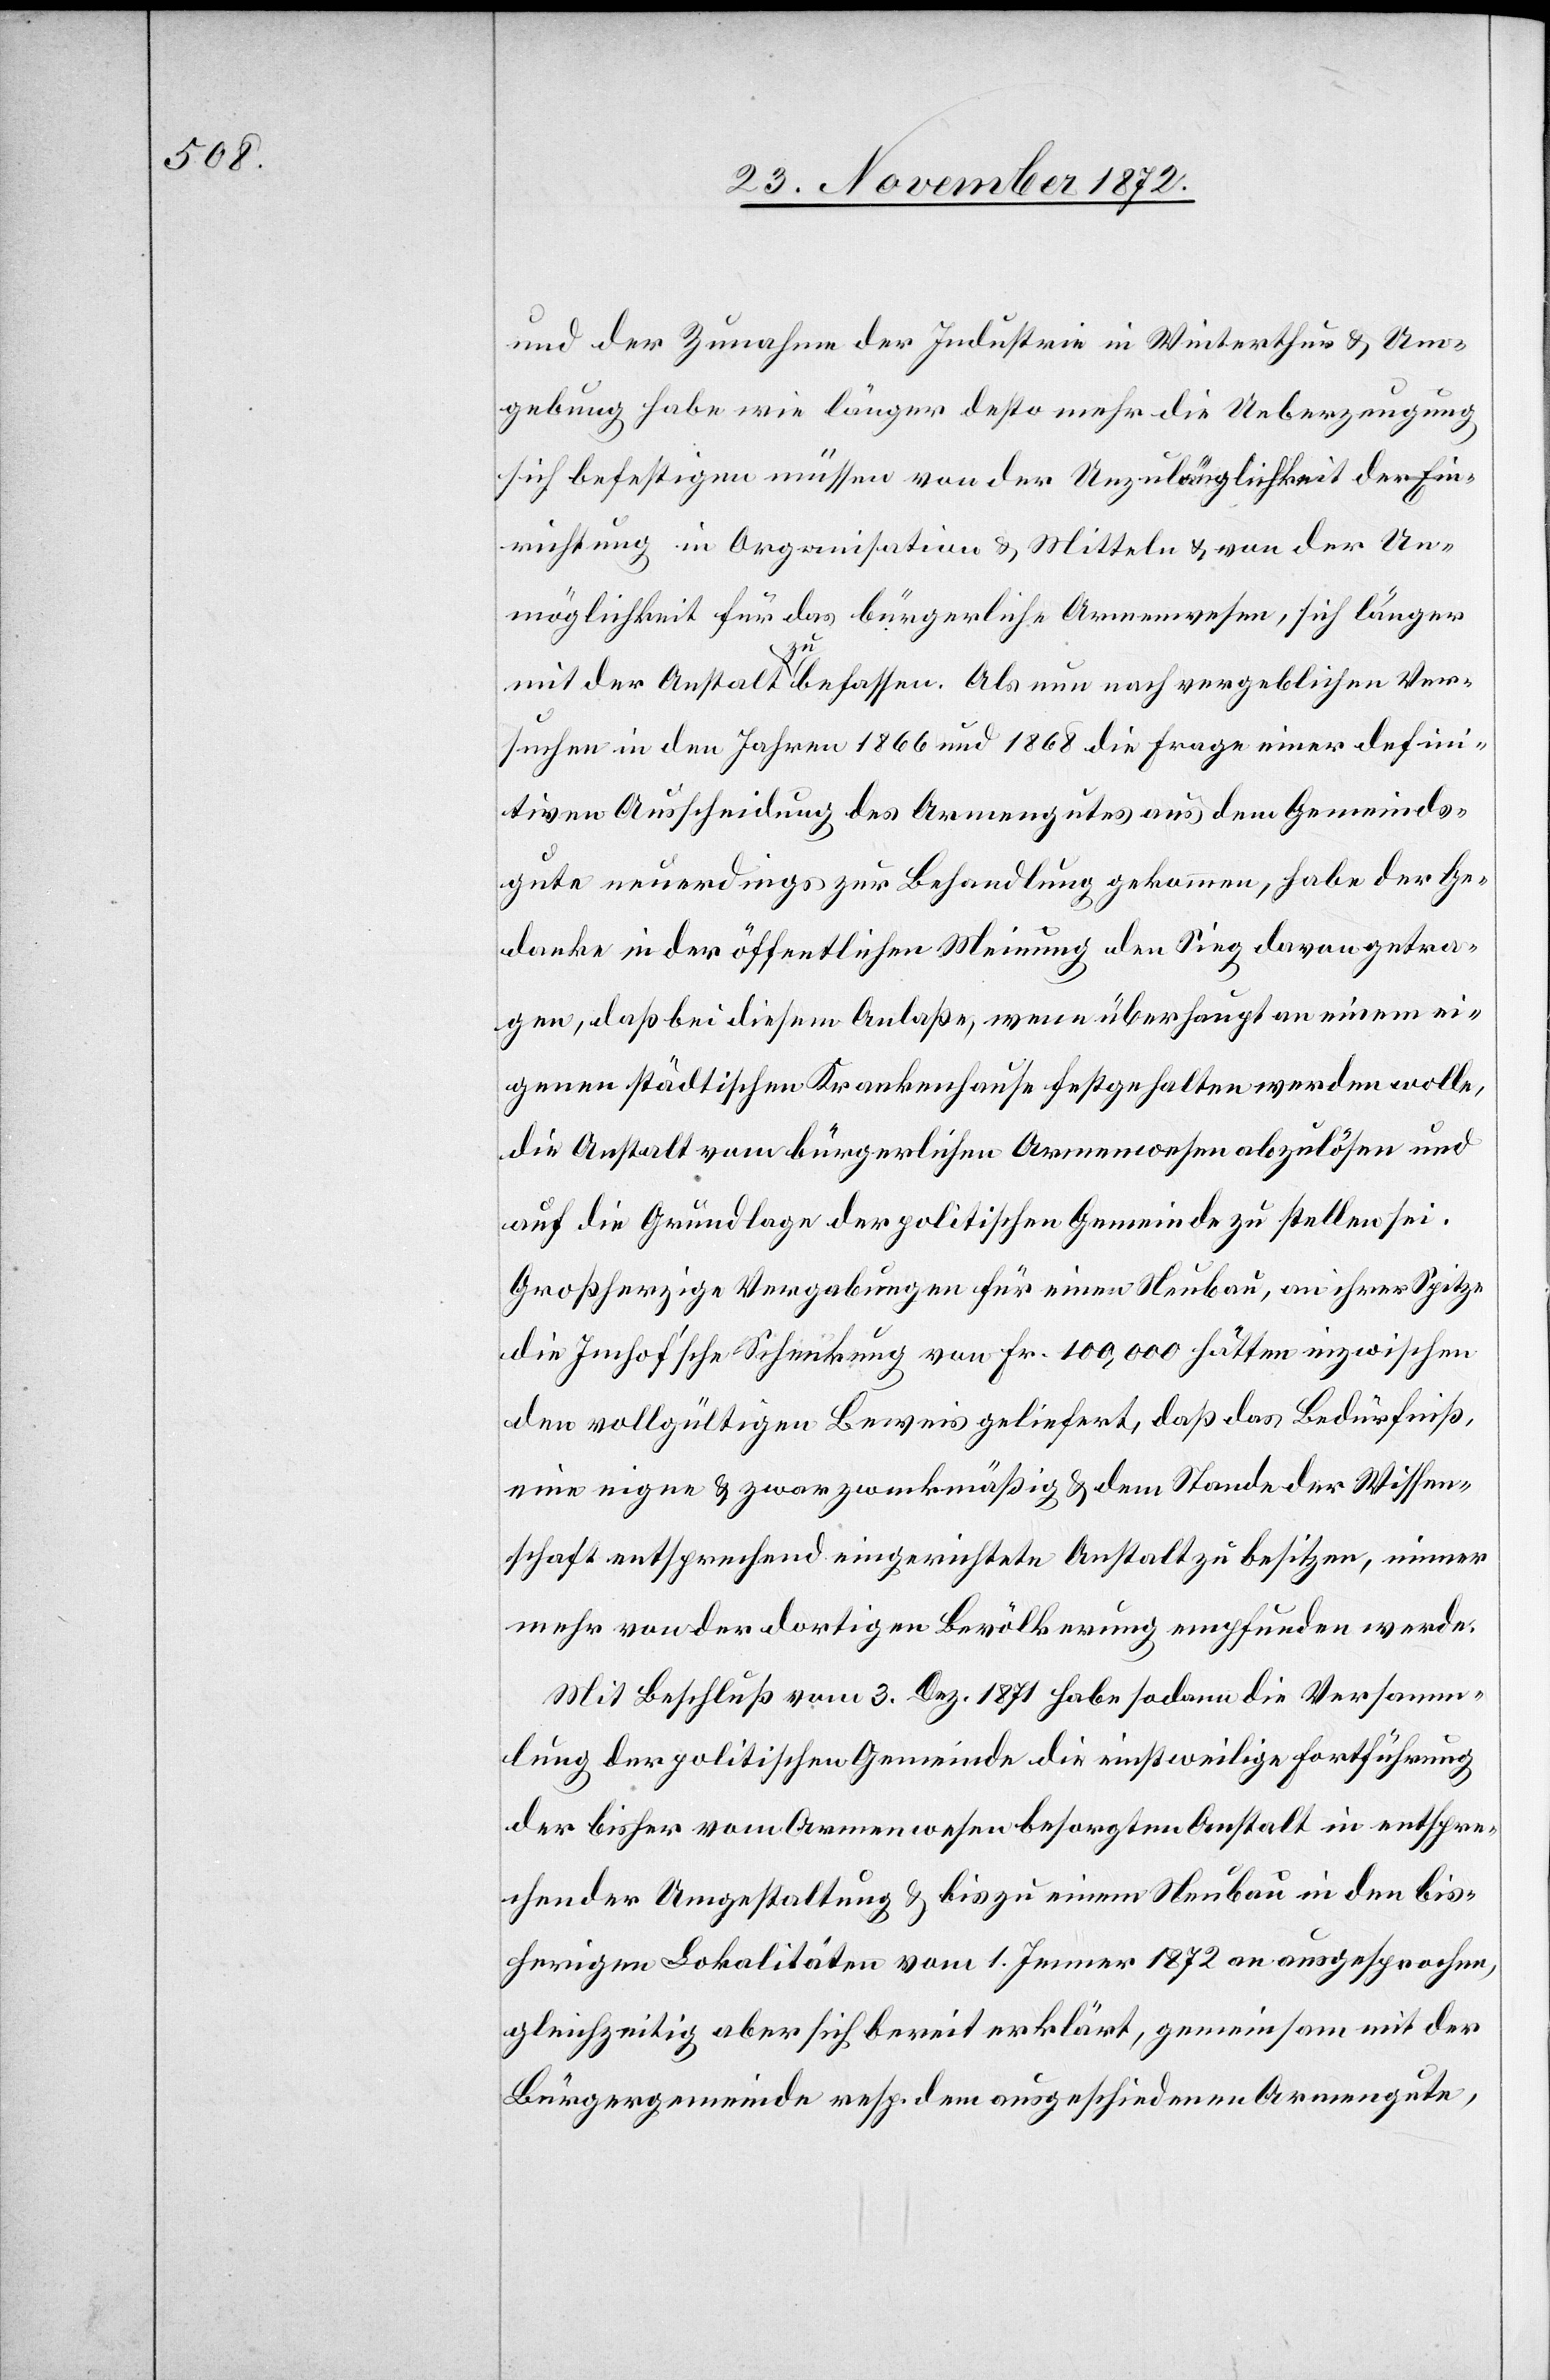
und der Zunahme der Industrie in Winterthur & Um¬
gebung habe wie länger desto mehr die Ueberzeugung
sich befestigen müssen von der Unzulänglichkeit der Ein¬
richtung in Organisation & Mitteln & von der Un¬
möglichkeit für das bürgerliche Armenwesen, sich länger
mit der Anstalt zu befassen. Als nun nach vergeblichen Ver¬
suchen in den Jahren 1866 und 1868 die Frage einer defini¬
tiven Ausscheidung des Armengutes aus dem Gemeinds¬
gute neuerdings zur Behandlung gekommen, habe der Ge¬
danke in der öffentlichen Meinung den Sieg davon getra¬
gen, daß bei diesem Anlaße, wenn überhaupt an einem ei¬
genen städtischen Krankenhause festgehalten werden wolle,
die Anstalt vom bürgerlichen Armenwesen abzulösen und
auf die Grundlage der politischen Gemeinde zu stellen sei.
Großherzige Vergabungen für einen Neubau, an ihrer Spitze
die Imhof’sche Schenkung von Fr. 100,000 hätten inzwischen
den vollgültigen Beweis geliefert, daß das Bedürfniß,
eine eigene & zwar zweckmäßig & dem Stande der Wissen¬
schaft entsprechend eingerichtete Anstalt zu besitzen, immer
mehr von der dortigen Bevölkerung empfunden werde.
Mit Beschluß vom 3. Dez. 1871 habe sodann die Versamm¬
lung der politischen Gemeinde die einstweilige Fortführung
der bisher vom Armenwesen besorgten Anstalt in entspre¬
chender Umgestaltung & bis zu einem Neubau in den bis¬
herigen Lokalitäten vom 1. Jenner 1872 an ausgesprochen,
gleichzeitig aber sich bereit erklärt, gemeinsam mit der
Bürgergemeinde resp. dem ausgeschiedenen Armengute,